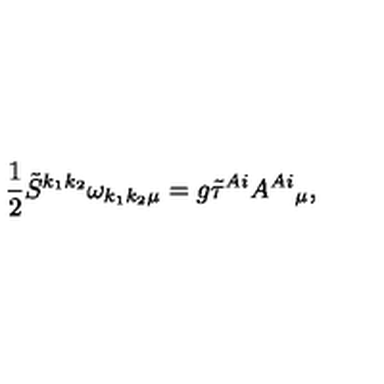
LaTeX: \frac { 1 } { 2 } \tilde { S } ^ { k _ { 1 } k _ { 2 } } \omega _ { k _ { 1 } k _ { 2 } \mu } = g \tilde { \tau } ^ { A i } A ^ { A i } { } _ { \mu } ,